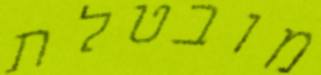
מובטלת